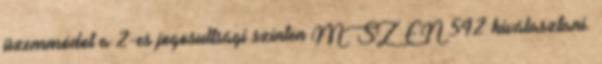
üzemmódot a 2-es jogosultsági szinten MSZ EN 542 kiválasztani.